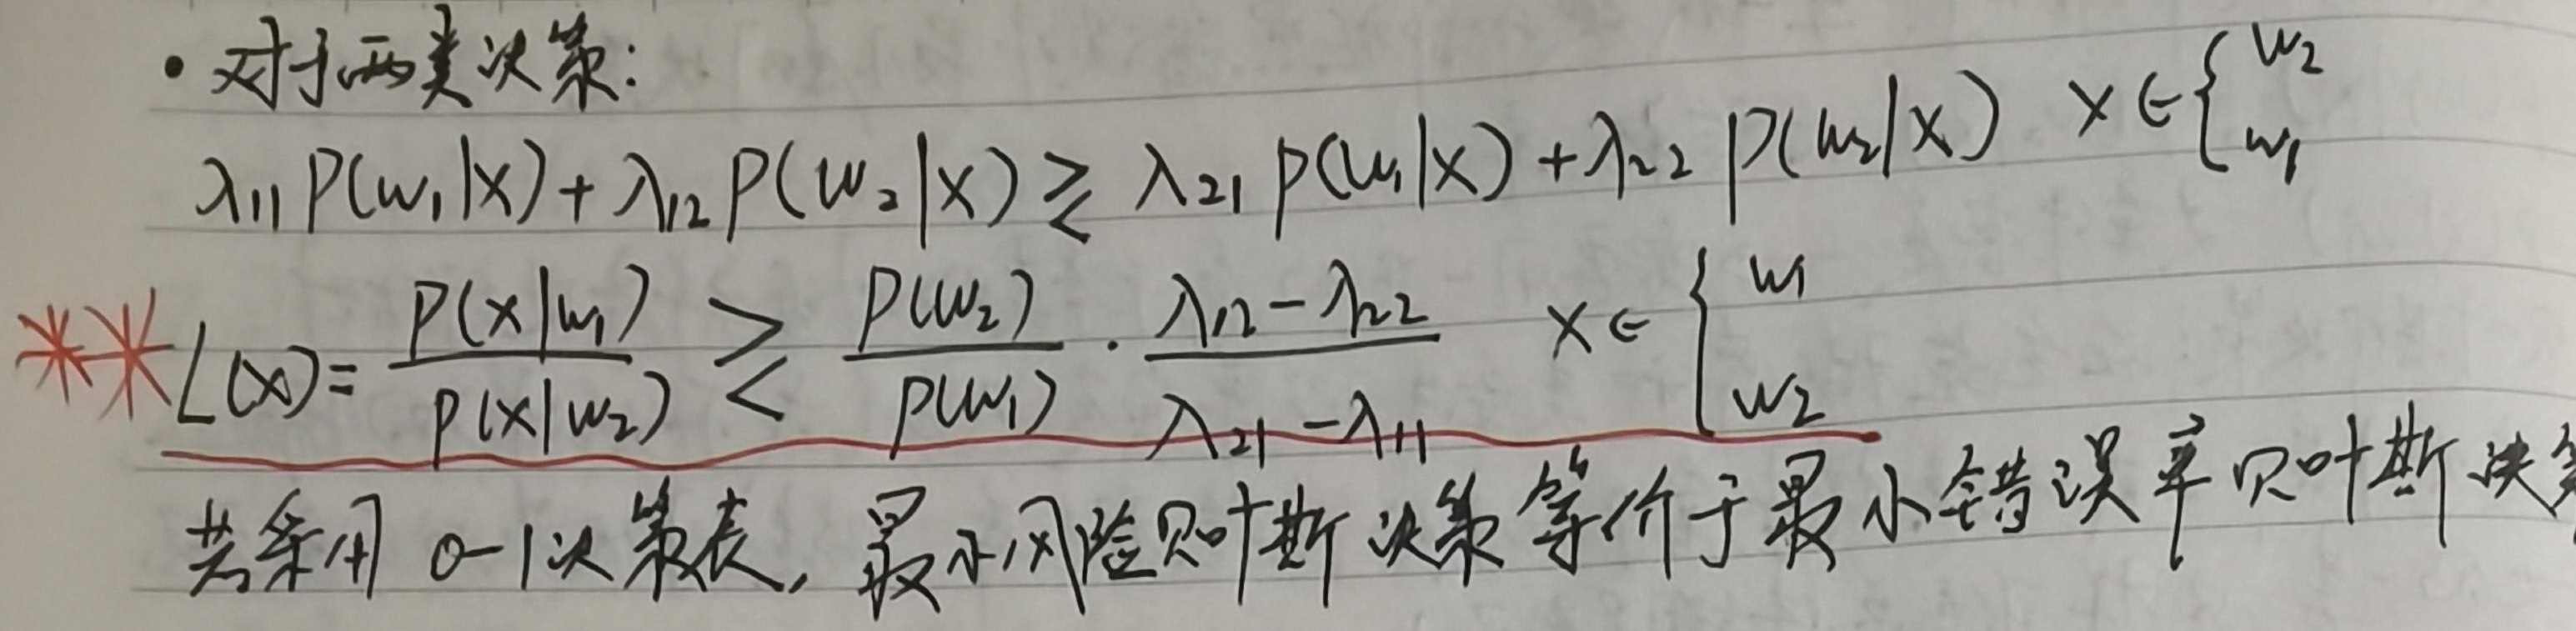
- 对于两类决策：
\[\begin{align*}
\lambda_{11}P(\omega_1|x)+\lambda_{12}P(\omega_2|x)&\geq\lambda_{21}P(\omega_1|x)+\lambda_{22}P(\omega_2|x)
\quad x\in\begin{cases}
\omega_2\\
\omega_1
\end{cases}\\
**L(x)=\frac{P(x|\omega_1)}{P(x|\omega_2)}&\geq\leq\frac{P(\omega_2)}{P(\omega_1)}\cdot\frac{\lambda_{12}-\lambda_{22}}{\lambda_{21}-\lambda_{11}}
\quad x\in\begin{cases}
\omega_1\\
\omega_2
\end{cases}
\end{align*}\]
若采用 0 - 1 决策表，最小风险贝叶斯决策等价于最小错误率贝叶斯决策。